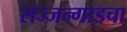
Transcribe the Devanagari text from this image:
सज्जन्गाडचा